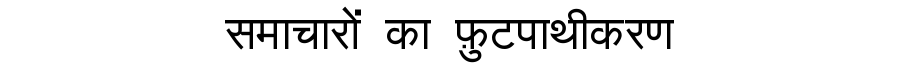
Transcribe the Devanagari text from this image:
समाचारों का फ़ुटपाथीकरण